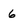
Character: 6